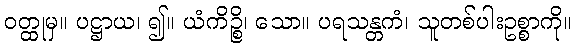
ဝတ္ထုမှ။ ပဋ္ဌာယ၊ ၍။ ယံကိဉ္စိ၊ သော။ ပရသန္တကံ၊ သူတစ်ပါးဥစ္စာကို။